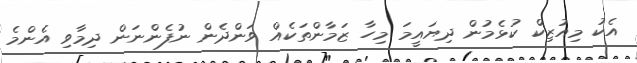
އެކު މިއުޒިކް ކުޅެމުން ދިޔައީމަ މިހާ ޒަމާންތަކެއް ވަންދެން ނުފެންނަން ދިމާވި އެންމެ